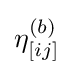
\eta _{[ij]}^{(b)}